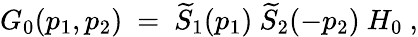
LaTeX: G_{0}(p_{1},p_{2})\ =\ \widetilde S_{1}(p_{1})\ \widetilde S_{2}(-p_{2})\ H_{0}\ ,